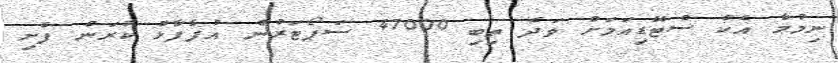
ނިމުމާ އެކު ސްޓޭޑިއަމަށް ވަދެ ތިބި 47000 ސަޕޯޓަރުން އުފާފާޅު ކުރަން ފެށި